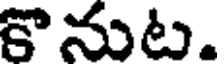
కొనుట.